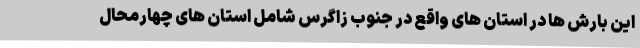
این بارش ها در استان های واقع در جنوب زاگرس شامل استان های چهارمحال